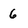
Character: 6